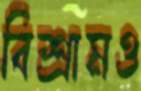
বিশ্রামও